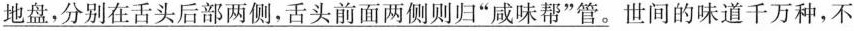
\underline{地盘，分别在舌头后部两侧，舌头前面两侧则归”咸味帮”管。}世间的味道千万种，不